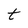
Character: t